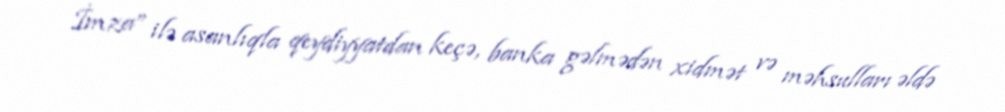
İmza” ilə asanlıqla qeydiyyatdan keçə, banka gəlmədən xidmət və məhsulları əldə